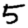
Digit: 5